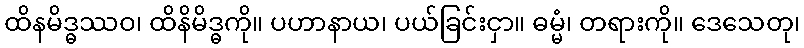
ထိနမိဒ္ဓဿဝ၊ ထိနိမိဒ္ဓကို။ ပဟာနာယ၊ ပယ်ခြင်းငှာ။ ဓမ္မံ၊ တရားကို။ ဒေသေတု၊